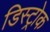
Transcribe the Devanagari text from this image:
डिस्ट्रोक